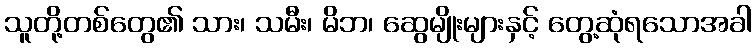
သူတို့တစ်တွေ၏ သား၊ သမီး၊ မိဘ၊ ဆွေမျိုးများနှင့် တွေ့ဆုံရသောအခါ